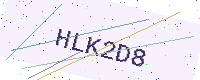
Text: HLK2D8